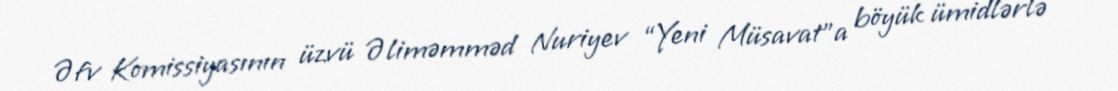
Əfv Komissiyasının üzvü Əliməmməd Nuriyev “Yeni Müsavat”a böyük ümidlərlə